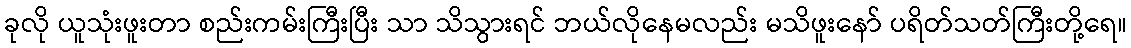
ခုလို ယူသုံးဖူးတာ စည်းကမ်းကြီးပြီး သာ သိသွားရင် ဘယ်လိုနေမလည်း မသိဖူးနော် ပရိတ်သတ်ကြီးတို့ရေ။